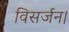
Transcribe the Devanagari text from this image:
विसर्जन।